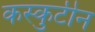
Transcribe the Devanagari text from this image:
कस्कुटीन